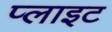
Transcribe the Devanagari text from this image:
प्लाइट